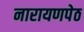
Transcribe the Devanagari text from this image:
नारायणपेठ